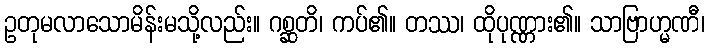
ဥတုမလာသောမိန်းမသို့လည်း။ ဂစ္ဆတိ၊ ကပ်၏။ တဿ၊ ထိုပုဏ္ဏား၏။ သာဗြာဟ္မဏီ၊